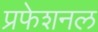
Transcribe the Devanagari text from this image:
प्रफेशनल